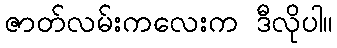
ဇာတ်လမ်းကလေးက ဒီလိုပါ။